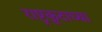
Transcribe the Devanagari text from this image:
राष्ट्रकूटाच्या